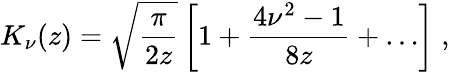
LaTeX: K_{\nu}(z)=\sqrt{\frac{\pi}{2z}}\left[1+\frac{4\nu^{2}-1}{8z}+\ldots\right]\; ,